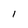
Character: I